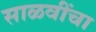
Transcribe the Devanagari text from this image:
साळवींचा